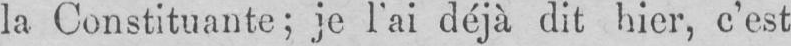
la Constituante; je l’ai déjà dit hier, c’est